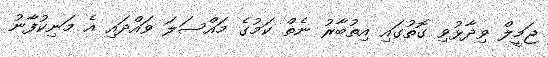
ޖަމީލް ވިދާޅުވި ގޮތުގައި އިތުބާރު ނެތް ކަމުގެ މައްސަލަ ވައްދައި އެ މަނިކުފާނު